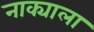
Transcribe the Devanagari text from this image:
नाक्याला